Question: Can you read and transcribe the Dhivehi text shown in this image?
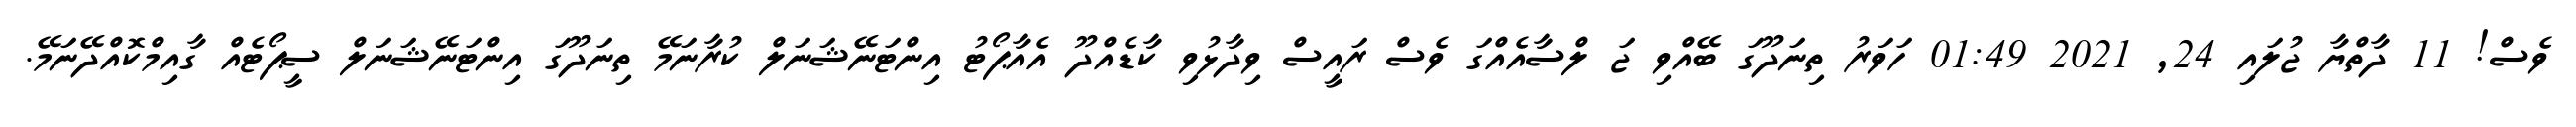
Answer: ވެސް! 11 ދާތްޔާ ޖުލައި 24, 2021 01:49 ހަވަރު ތިނަދޫގަ ބޭއްވި ޖަ ލްސާއެއްގަ ވެސް ރައީސް ވިދާޅުވި ކާޑެއްދޫ އެއާޕޯޓު އިންޓަނޭޝަނަލް ކުރާނަމޭ ތިނަދޫގަ އިންޓަނޭޝަނަލް ސީޕޯޓެއް ގާއިމްކޮއްދޭނަމޭ.